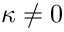
\kappa \neq 0